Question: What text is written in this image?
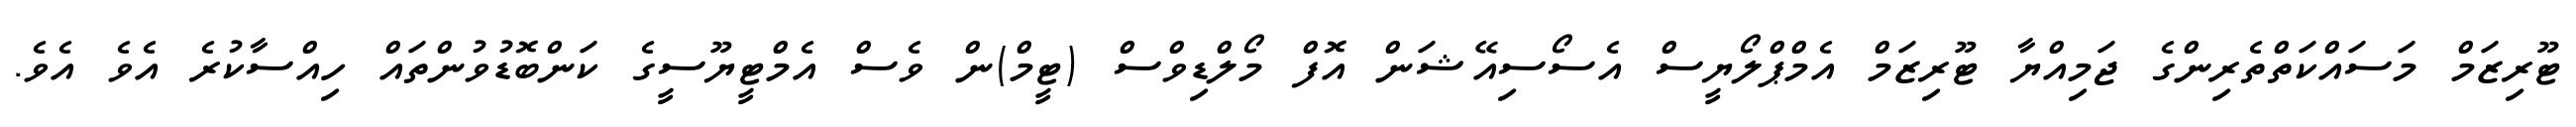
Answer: ޓޫރިޒަމް މަސައްކަތްތެރިންގެ ޖަމިއްޔާ ޓޫރިޒަމް އެމްޕްލޯޔީސް އެސޯސިއޭޝަން އޮފް މޯލްޑިވްސް (ޓީމް)ން ވެސް އެމްޓީޔޫސީގެ ކަންބޮޑުވުންތައް ހިއްސާކުރެ އެވެ އެވެ.